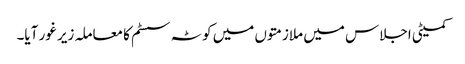
کمیٹی اجلاس میں ملازمتوں میں کوٹہ سسٹم کا معاملہ زیر غور آیا۔